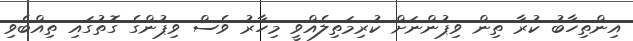
އިންތިހާބު ކުރާ ތިން ވިޕުންނަށް ކުރިމަތިލެއްވީ މިހާރު ވެސް ވިޕުންގެ ގޮތުގައި ތިއްބެވި